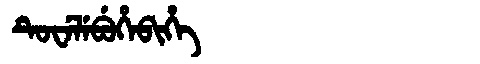
Manchu: ᡨᡠᠸᡝᠯᡝᠪᡠᡥᡝᠪᡳᡥᡝ
Romanization: TUWELEBUHEBIHE